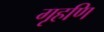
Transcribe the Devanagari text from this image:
गृहणि